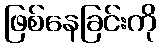
ဖြစ်နေခြင်းကို